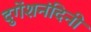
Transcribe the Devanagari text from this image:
दुगेंशनंदिनी